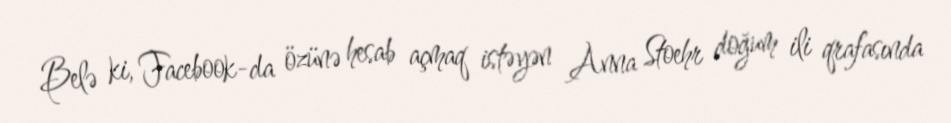
Belə ki, Facebook-da özünə hesab açmaq istəyən Anna Stoehr doğum ili qrafasında